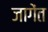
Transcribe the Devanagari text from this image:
जागेंत